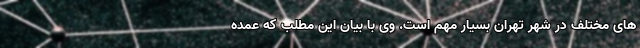
های مختلف در شهر تهران بسیار مهم است. وی با بیان این مطلب که عمده